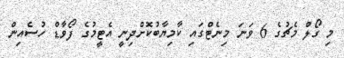
މި ގޯލް މެޗުގެ 6 ވަނަ މިނެޓްގައި ކާމިޔާބުކޮށްދިނީ އެޓީމުގެ ފޯވާޑް ހުސެއިން